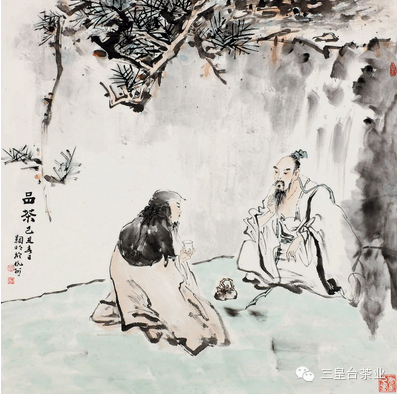
呵笔难临帖，敲床且煮茶。